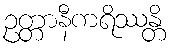
ဥတ္တာနီကရိဿန္တိ